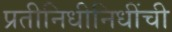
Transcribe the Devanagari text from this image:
प्रतीनिधीनिधींची